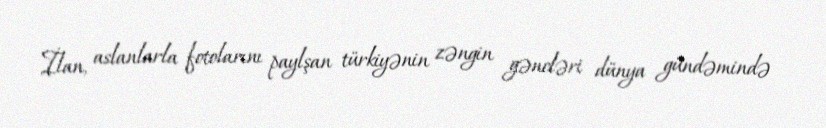
İlan, aslanlarla fotolarını paylşan türkiyənin zəngin gəncləri dünya gündəmində